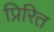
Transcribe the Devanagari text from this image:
प्रिरित